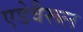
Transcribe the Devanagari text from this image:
एडेवैरूल